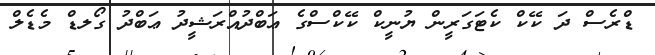
ޑްރެސް ދަ ކޭކް ކެޓަގަރީން ޔުނީކް ކޭކްސްގެ ޢަބްދުއްރަޝީދު ޢަބްދު ގޯލޑް މެޑެލް